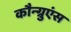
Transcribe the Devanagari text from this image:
कौन्ग्रुएंस